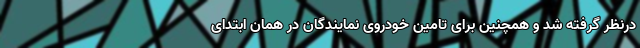
درنظر گرفته شد و همچنین برای تامین خودروی نمایندگان در همان ابتدای